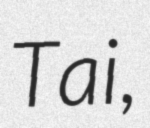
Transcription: Tai,